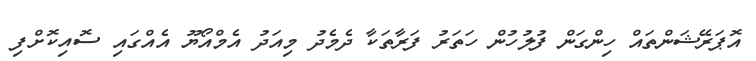
އޮޕަރޭޝަންތައް ހިންގަން ފުލުހުން ހަތަރު ފަރާތަކާ ދެމެދު މިއަދު އެމްއޯޔޫ އެއްގައި ސޮއިކޮށްފި